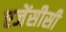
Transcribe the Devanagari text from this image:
एजेंसीसी